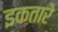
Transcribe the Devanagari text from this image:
इकतारे